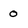
Character: 0